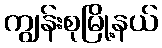
ကျွန်းစုမြို့နယ်